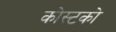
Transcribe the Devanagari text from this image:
कोस्‍टको